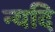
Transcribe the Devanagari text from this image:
न्यदि